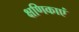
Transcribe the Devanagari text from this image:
क्षणिकाएं